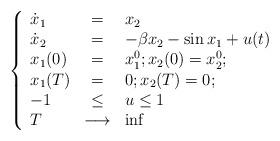
LaTeX: \begin{align*} \left\{ \begin{array}{lcl} \dot{x}_1 &=& x_2 \\ \dot{x}_2 &=& - \beta x_2 - \sin x_1 + u(t) \\ x_1(0) &=& x_1^0 ; x_2(0) = x_2^0 ; \\x_1(T) &=& 0 ; x_2(T) = 0 ; \\ -1 &\leq& u \leq 1 \\ T & \longrightarrow & \inf \end{array} \right. \end{align*}